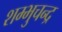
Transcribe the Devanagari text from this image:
शम्भुचन्द्र